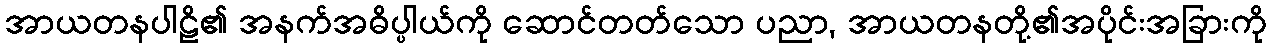
အာယတနပါဠိ၏ အနက်အဓိပ္ပါယ်ကို ဆောင်တတ်သော ပညာ, အာယတနတို့၏အပိုင်းအခြားကို